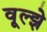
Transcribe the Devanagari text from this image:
वूल्झे